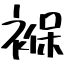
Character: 褓